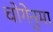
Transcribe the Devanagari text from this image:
चोगेनुमा